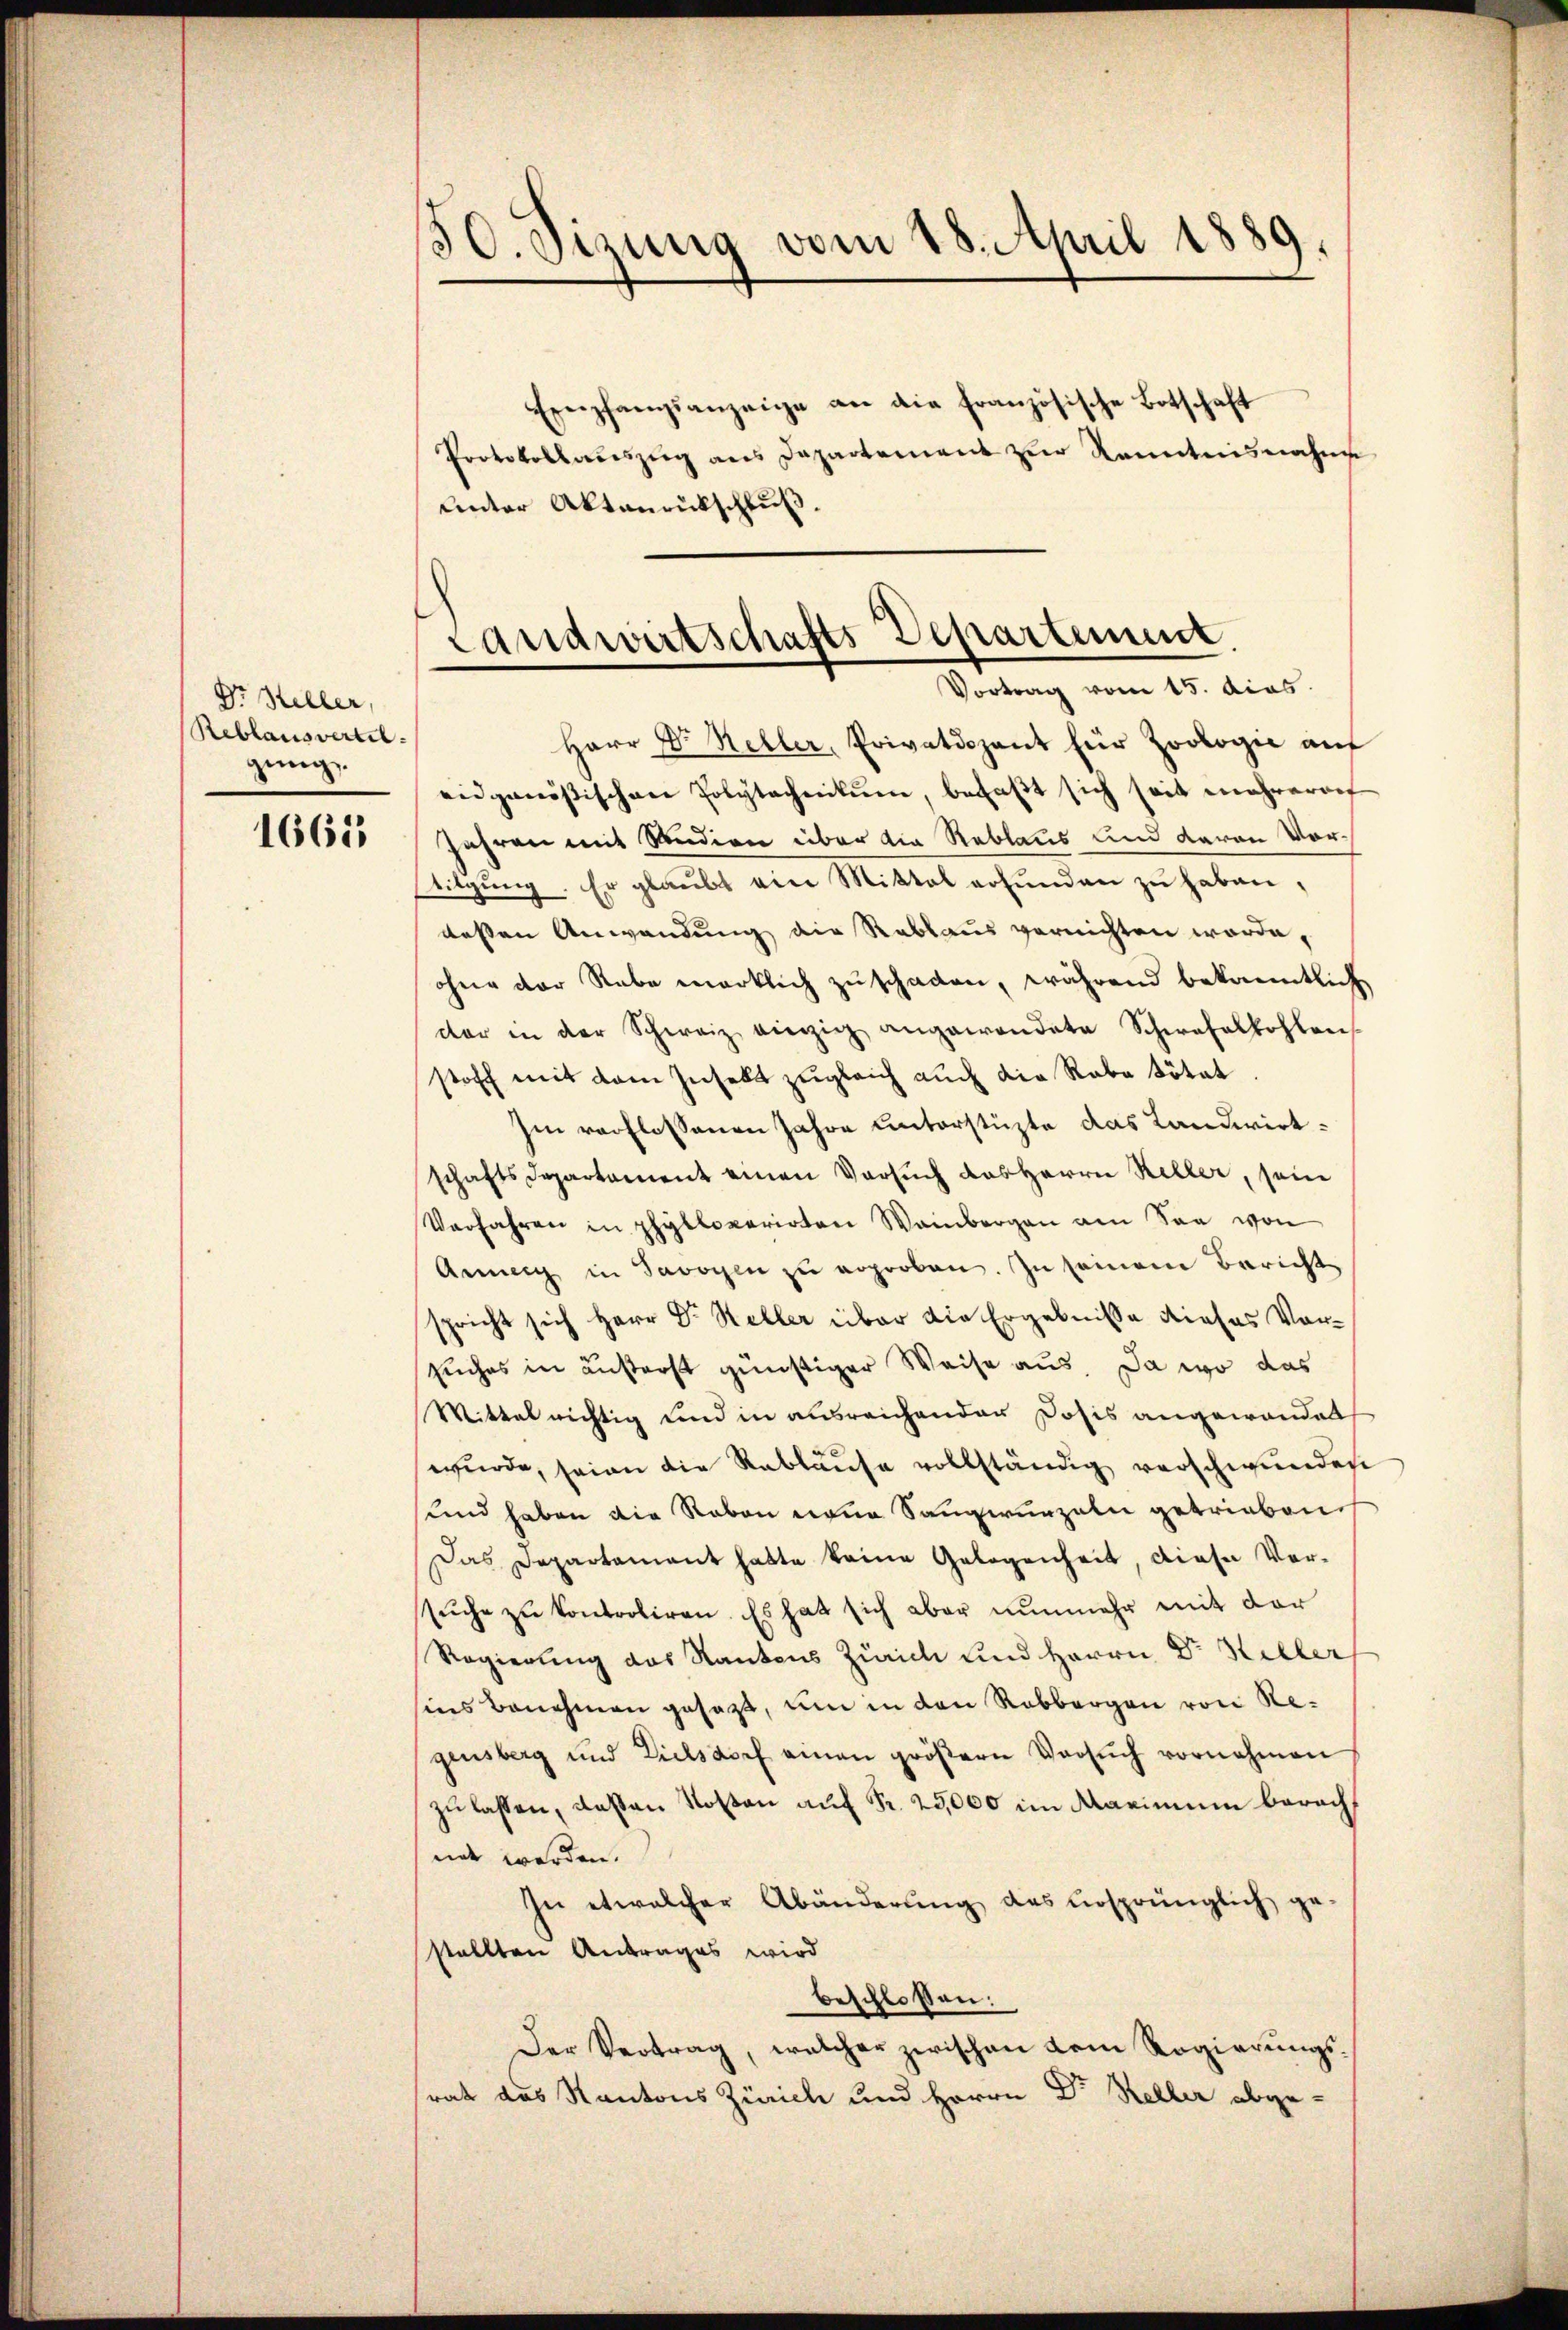
Dr. Heller,
Reblausvertel.
gung

1661

130. Sizung vom 18. April 1889

Empfangsanzeige an die französische Botschaft
Protokollaŭszŭg ans Departement zŭr Kenntnisnahme
unter Aktenrückschluß.

Landwirtschafts Departement
Vortrag vom 15. dies

Herr Dr. Keller, Privatdozent für Zoologie auf
eidgenössischen Polytechnikum, befaßt sich seit mehrerauf
Jahren mit Studien über die Reblaus und daran Vortilgung. Er glaubt ein Mittel erfunden zu haben,
dessen Anwendung die Rablaus vernichten worde,
ohne der Rebe wirklich zu schaden, während bekanntlich
dar in der Schweiz einzig angewandete Schwefelkohlen
stoff mit dem Insekt zugleich auch die Rabe tötet
hin verflossenen Jahre unterstüzte das Landwirtschaftsdepartament einen Versuch das Herrn Keller, sein
Verfahren in phyllovarirten Weinbergen am San von
Armen in Savoyen zŭ erproben. In seinem Bericht
spricht sich Herr Dr. Heller über die Ergebnisse dieses Vorsuches in äußerst günstiger Weise aus. Da wo das
Mittel nichtig und in ausreichender Dosis angewandet
wŭrde, seine die Rablaŭse vollständig verschwunden
und haben die Reben neue Sangwunzeln getrieben
Das Departament hatte keine Gelegenheit, diese Vor-
sŭche zu kontroliren. Es hat sich aber nŭnmehr mit der
Regierung des Kantons Zürich und Herrn Dr Heller
sins Benehmen gesagt, um in den Rabbergen von Regensberg und Zielsdorf einen gröβern Versŭch vornehmen
zu lassen, deßen Rosen auf Fr. 25,000 im Maximum berechnet werden.
In etwelcher Abänderŭng des ursprünglich ge-
stellten Antrages wird
beschloßen:
Der Vertrag, welcher zwischen dem Regierungsrat das Kantons Zürich und Herrn Dr Keller abge-